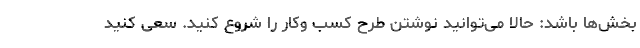
بخش‌ها باشد: حالا می‌توانید نوشتن طرح کسب وکار را شروع کنید. سعی کنید